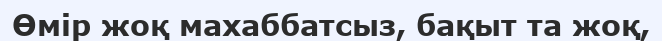
Өмір жоқ махаббатсыз, бақыт та жоқ,